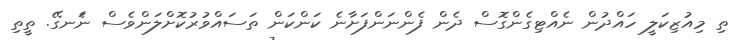
ތި މިއުޒިކަލީ ހައްދުން ނެއްޓިގެންގޮސް ދެން ފެންނަންފަށާނެ ކަންކަން ތަސައްވުރުކޮށްްލަންވެސް ނަެނގޭ. ތީތި